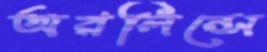
অরলিন্সে